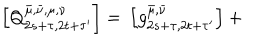
\left[ Q _ { 2 s + \tau , 2 t + \tau ^ { \prime } } ^ { \bar { \mu } , \bar { \nu } , \mu , \nu } \right] = \, \left[ g _ { 2 s + \tau , 2 t + \tau ^ { \prime } } ^ { \bar { \mu } , \bar { \nu } } \right] + \,